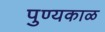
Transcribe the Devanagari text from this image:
पुण्यकाळ